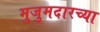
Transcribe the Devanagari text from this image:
मुजुमदारच्या